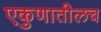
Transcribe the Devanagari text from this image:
एकुणातीलच